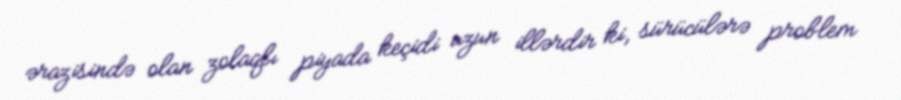
ərazisində olan zolaqlı piyada keçidi uzun illərdir ki, sürücülərə problem